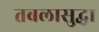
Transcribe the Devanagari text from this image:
तबलासुद्धा